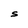
Character: S